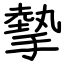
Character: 摰